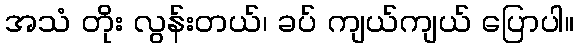
အသံ တိုး လွန်းတယ်၊ ခပ် ကျယ်ကျယ် ပြောပါ။